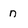
Character: n